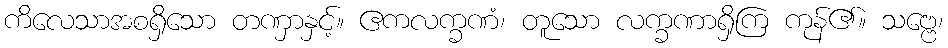
ကိလေသာအစရှိသော တဏှာနှင့်။ ဧကလက္ခဏံ၊ တူသော လက္ခဏာရှိကြ ကုန်၏။ သဗ္ဗေ၊